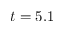
t = 5 . 1